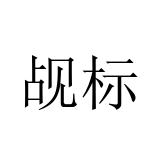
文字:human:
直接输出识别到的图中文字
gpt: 觇标